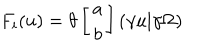
F _ { i } ( u ) = \theta \left[ \begin{array} { c } { { a } } \\ { { b } } \\ \end{array} \right] \left( \gamma u | \gamma \Omega \right)